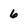
Character: 6